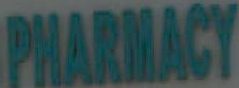
PHARMACY